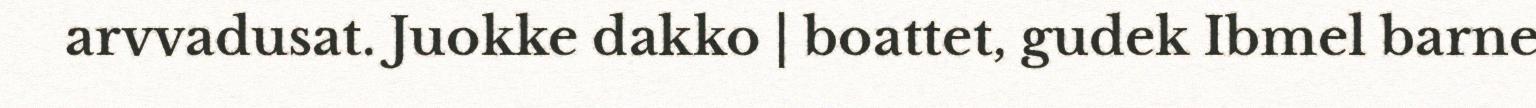
arvvadusat. Juokke dakko | boattet, gudek Ibmel barne